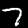
Digit: 7